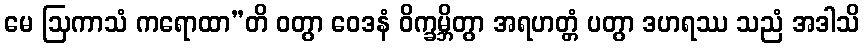
မေ ဩကာသံ ကရောထာ”တိ ဝတွာ ဝေဒနံ ဝိက္ခမ္ဘိတွာ အရဟတ္တံ ပတွာ ဒဟရဿ သညံ အဒါသိ